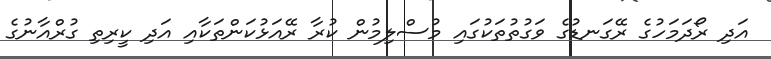
އަދި ރޯދަމަހުގެ ރޭގަނޑުގެ ވަގުތުތަކުގައި މުސްލިމުން ކުރާ ރޭއަޅުކަންތަކާއި އަދި ކީރިތި ގުރްއާނުގެ